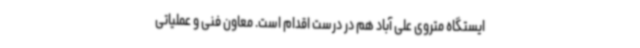
ایستگاه متروی علی آباد هم در درست اقدام است. معاون فنی و عملیاتی